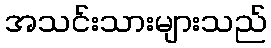
အသင်းသားများသည်